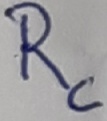
Text: Rc